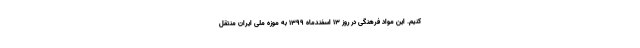
کنیم. این مواد فرهنگی در روز ۱۳ اسفندماه ۱۳۹۹ به موزه ملی ایران منتقل